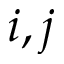
i , j